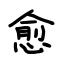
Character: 愈